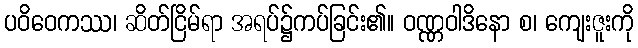
ပဝိဝေကဿ၊ ဆိတ်ငြိမ်ရာ အရပ်၌ကပ်ခြင်း၏။ ဝဏ္ဏဝါဒိနော စ၊ ကျေးဇူးကို